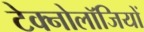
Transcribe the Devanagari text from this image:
टेक्नोलॉजियों